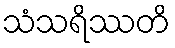
သံသရိဿတိ